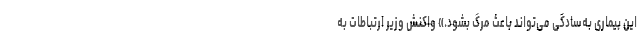
این بیماری به‌سادگی می‌تواند باعث مرگ بشود.» واکنش وزیر ارتباطات به